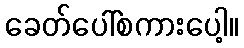
ခေတ်ပေါ်စကားပေါ့။